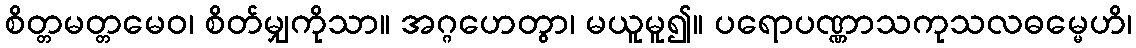
စိတ္တမတ္တမေဝ၊ စိတ်မျှကိုသာ။ အဂ္ဂဟေတွာ၊ မယူမူ၍။ ပရောပဏ္ဏာသကုသလဓမ္မေဟိ၊